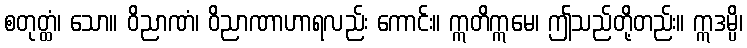
စတုတ္ထံ၊ သော။ ဝိညာဏံ၊ ဝိညာဏာဟာရလည်း ကောင်း။ ဣတိဣမေ၊ ဤသည်တို့တည်း။ ဣဒမ္ပိ၊